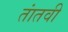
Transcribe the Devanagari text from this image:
तांतवी